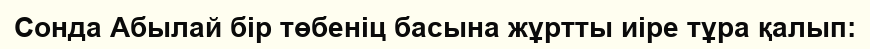
Сонда Абылай бір төбеніц басына жұртты иіре тұра қалып: